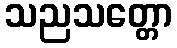
သညသတ္တော